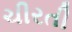
ચીરતી